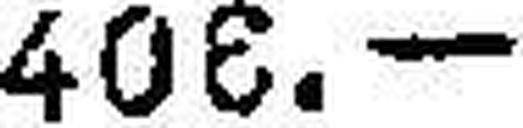
406.—